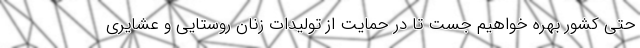
حتی کشور بهره خواهیم جست تا در حمایت از تولیدات زنان روستایی و عشایری